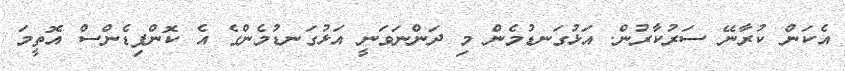
އެކަން ކުރާނޭ ސަރުކާރުން. އަޅުގަނޑުމެން މި ދަންނަވަނީ އަޅުގަނޑުމެންގެ އެ ކޮންފިޑެންސް އޮތީމަ